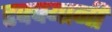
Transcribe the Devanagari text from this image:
टक्क्यानी